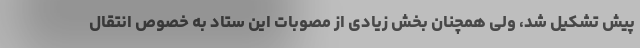
پیش تشکیل شد، ولی همچنان بخش زیادی از مصوبات این ستاد به خصوص انتقال